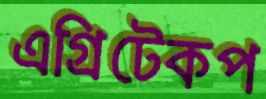
এগ্রিটেকপ